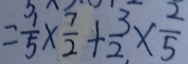
= \frac { 1 } { 5 } \times \frac { 7 } { 2 } + \frac { 3 } { 2 } \times \frac { 2 } { 5 }